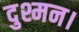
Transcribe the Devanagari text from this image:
दुश्मन।